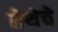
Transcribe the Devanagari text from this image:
तेथेचे